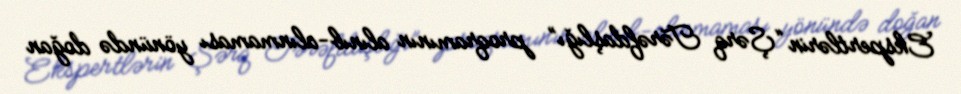
Ekspertlərin “Şərq Tərəfdaşlığı” proqramının alınıb-alınmaması yönündə doğan